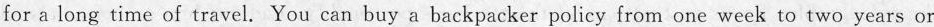
for a long time of travel. You can buy a backpacker policy from one week to two years or